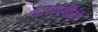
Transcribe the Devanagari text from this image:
सालबर्डीकी